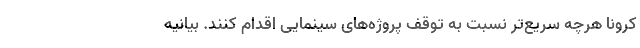
کرونا هرچه سریع‌تر نسبت به توقف پروژه‌های سینمایی اقدام کنند. بیانیه